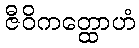
ဇီဝိကတ္ထောဟံ